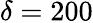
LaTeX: \delta=200